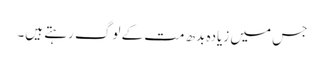
جس میں زیادہ بدھ مت کے لوگ رہتے ہیں۔